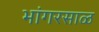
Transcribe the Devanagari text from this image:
भांगरसाळ